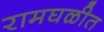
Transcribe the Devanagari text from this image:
रामघळीत